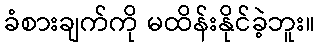
ခံစားချက်ကို မထိန်းနိုင်ခဲ့ဘူး။